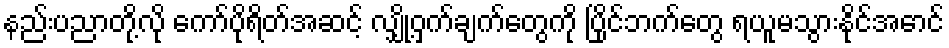
နည်းပညာတို့လို ကော်ပိုရိတ်အဆင့် လျှို့ဝှက်ချက်တွေကို ပြိုင်ဘက်တွေ ရယူမသွားနိုင်အောင်